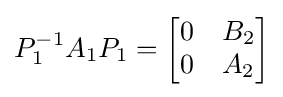
P_{1}^{-1}A_{1}P_{1}={\begin{bmatrix}0&B_{2}\\0&A_{2}\end{bmatrix}}